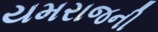
યમરાજની